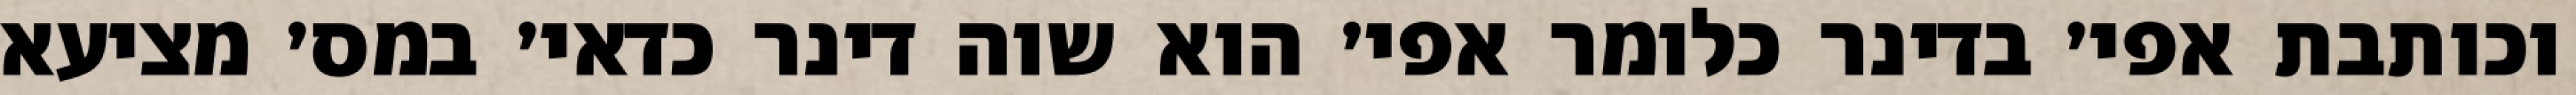
וכותבת אפי׳ בדינר כלומר אפי׳ הוא שוה דינר כדאי׳ במס׳ מציעא